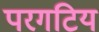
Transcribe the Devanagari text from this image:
परगटिय